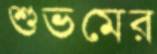
শুভমের